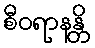
စီဝရာနန္တိ